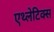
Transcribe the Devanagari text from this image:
एथ्लेटिक्स